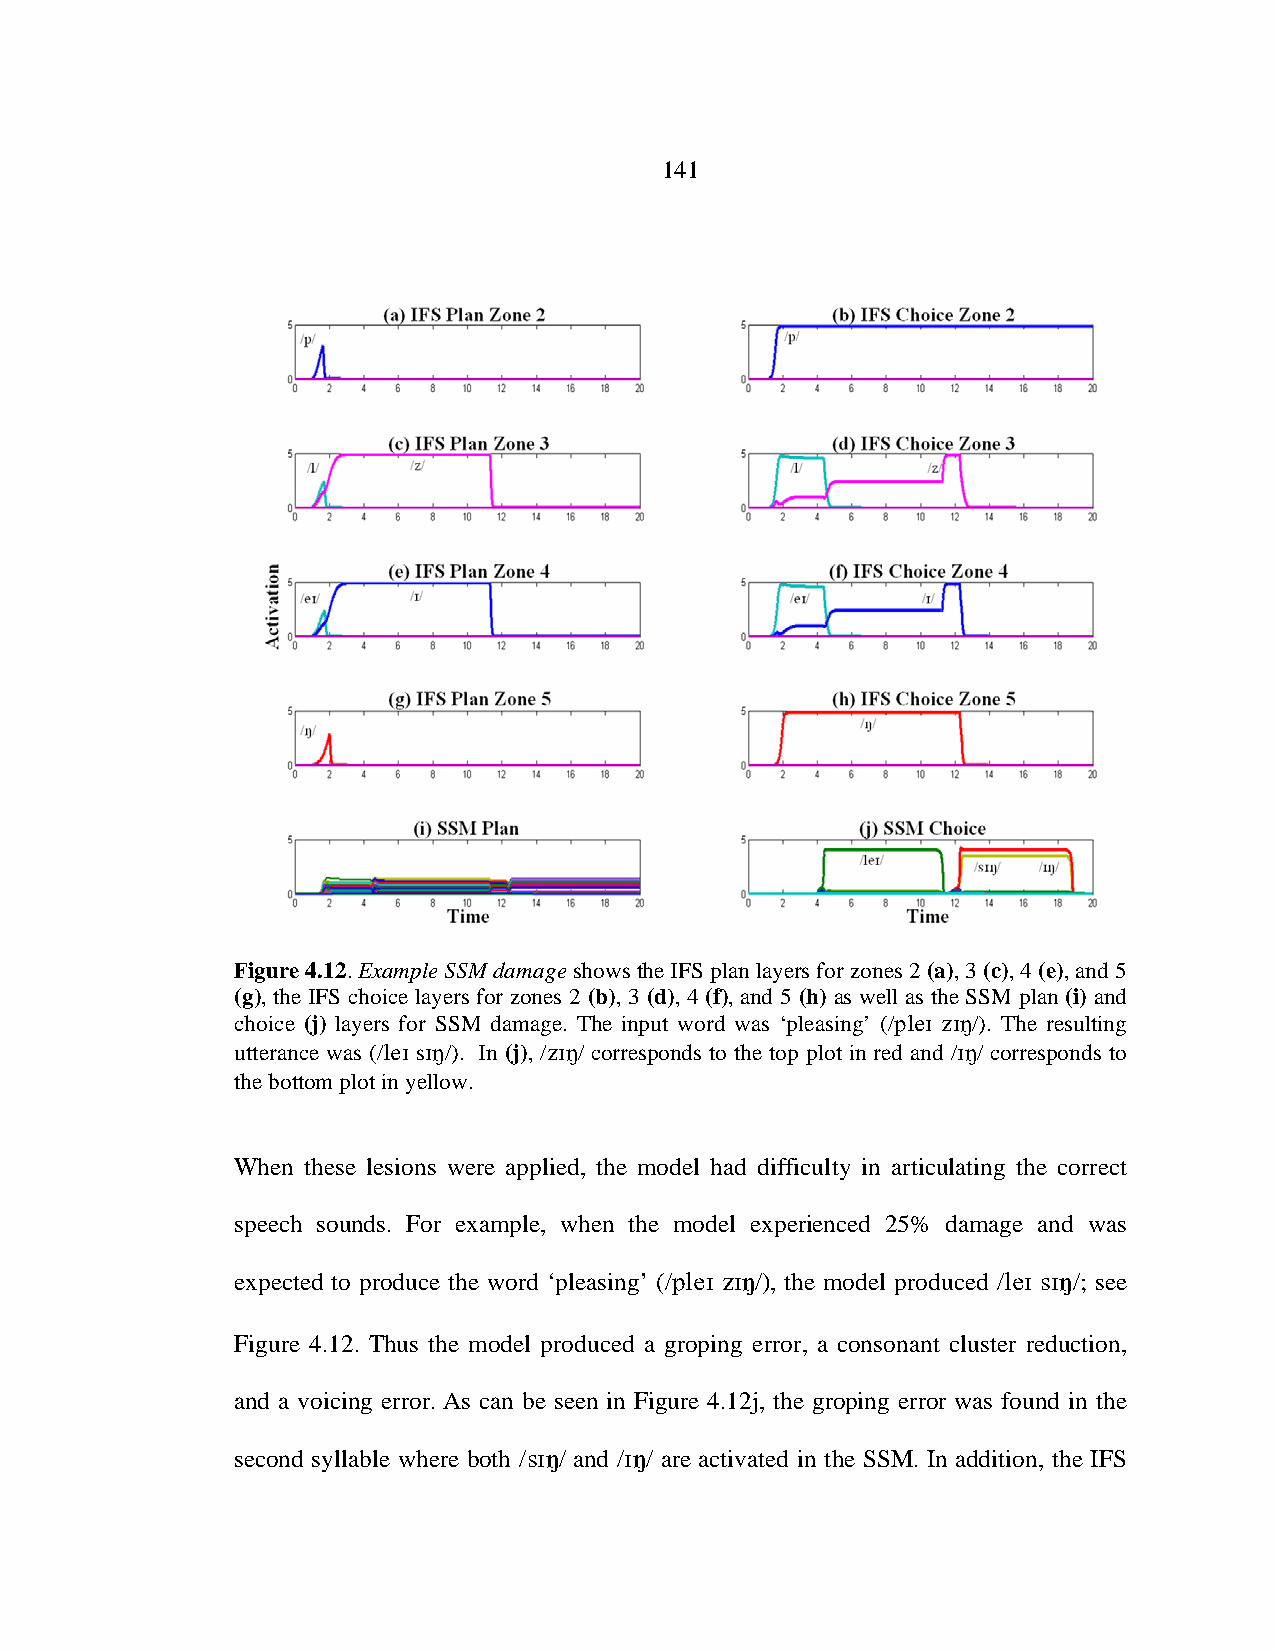
141
 Figure 4.12. Example SSM damage shows the IFS plan layers for zones 2 (a), 3 (c), 4 (e), and 5
 (g), the IFS choice layers for zones 2 (b), 3 (d), 4 (f), and 5 (h) as well as the SSM plan (i) and
 choice (j) layers for SSM damage. The input word was ‘pleasing’ (/ /). The resulting
 utterance was (/ s/). In (j), // corresponds to the top plot in red and // corresponds to
 the bottom plot in yellow.
 When these lesions were applied, the model had difficulty in articulating the correct
 speech sounds. For example, when the model experienced 25% damage and was
 expected to produce the word ‘pleasing’ (/ /), the model produced / /; see
 Figure 4.12. Thus the model produced a groping error, a consonant cluster reduction,
 and a voicing error. As can be seen in Figure 4.12j, the groping error was found in the
 second syllable where both // and // are activated in the SSM. In addition, the IFS